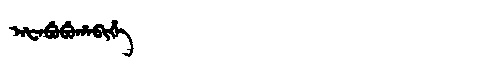
Manchu: ᠠᡶᠠᠪᡠᠪᡠᡥᠠᠪᡳᡥᡝ
Romanization: AFABUBUHABIHE